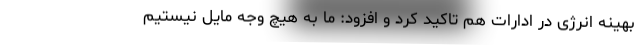
بهینه انرژی در ادارات هم تاکید کرد و افزود: ما به هیچ وجه مایل نیستیم